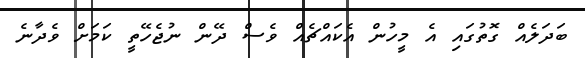
ބަދަލެއް ގޮތުގައި އެ މީހުން އެކައްޗެއް ވެސް ދޭން ނުޖެހޭތީ ކަމަށް ވެދާނެ